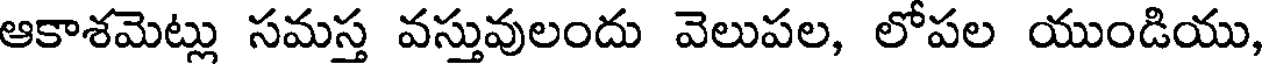
ఆకాశమెట్లు సమస్త వస్తువులందు వెలుపల, లోపల యుండియు,